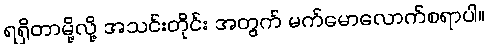
ရရှိတာမို့လို့ အသင်းတိုင်း အတွက် မက်မောလောက်စရာပါ။